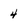
Character: 4